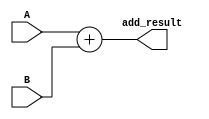
module ADD (
	input wire [7:0] A,
	input wire [7:0] B,
	output wire [8:0] add_result
);

assign add_result = A + B;

endmodule